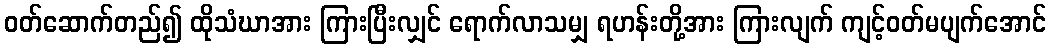
ဝတ်ဆောက်တည်၍ ထိုသံဃာအား ကြားပြီးလျှင် ရောက်လာသမျှ ရဟန်းတို့အား ကြားလျက် ကျင့်ဝတ်မပျက်အောင်